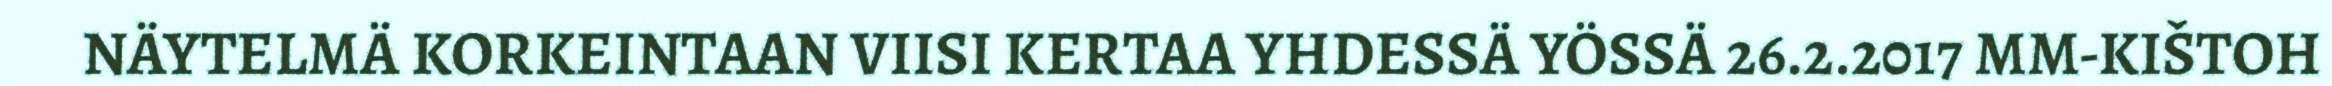
NÄYTELMÄ KORKEINTAAN VIISI KERTAA YHDESSÄ YÖSSÄ 26.2.2017 MM-KIŠTOH